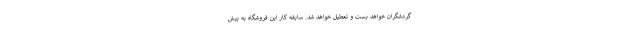
گردشگران خواهد بست و تعطیل خواهد شد. سابقه کار این فروشگاه به بیش